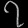
Digit: ၇